Report on plague and inoculation in the Punjab from October 1st ... to September 30th..., being the ... season of plague in the province
Disease focus: Plague
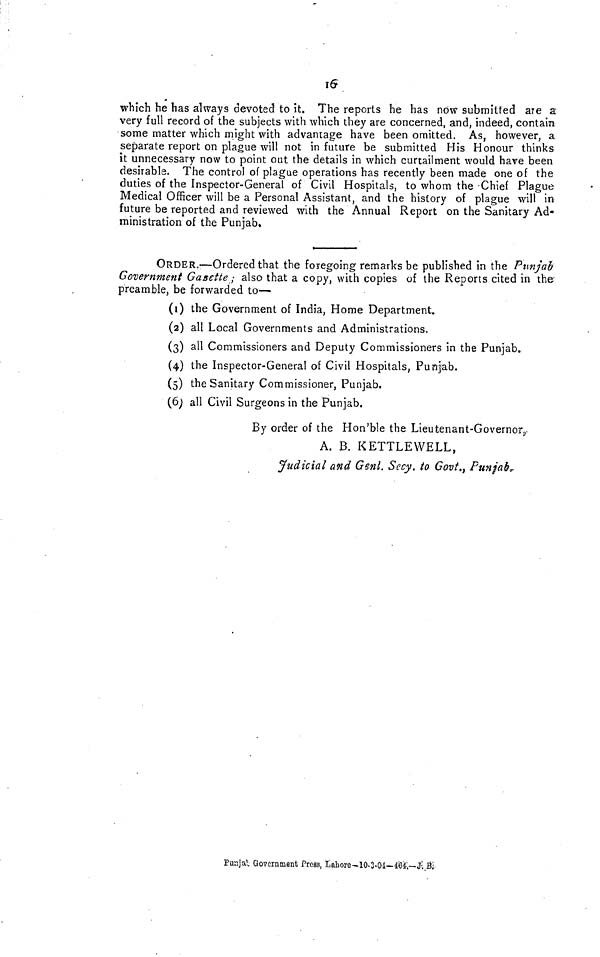
Ï6
which he has always devoted to it. The reports he has now submitted are a
very full record of the subjects with which they are concerned, and, indeed, contain
some matter which might with advantage have been omitted. As, however, a
separate report on plague will not in future be submitted His Honour thinks
it unnecessary now to point out the details in which curtailment would have been
desirable. The control of plague operations has recently been made one of the
duties of the Inspector-General of Civil Hospitals, to whom the Chief Plague
Medical Officer will be a Personal Assistant, and the history of plague will in
future be reported and reviewed with the Annual Report on the Sanitary Ad-
ministration of the Punjab.
ORDER.—Ordered that the foregoing remarks be published in the Punjab
Government Gasette ; also that a copy, with copies of the Reports cited in the
preamble, be forwarded to—
(1) the Government of India, Home Department.
(2) all Local Governments and Administrations,
(3) all Commissioners and Deputy Commissioners in the Punjab.
(4) the Inspector-General of Civil Hospitals, Punjab.
(5) the Sanitary Commissioner, Punjab.
(6) all Civil Surgeons in the Punjab.
By order of the Hon'ble the Lieutenant-Governor
A. B. KETTLEWELL,
Judicial and Genl. Secy, to Gavt., Punjab,
Punjal Government Press, Lahore-10-3-04—404---J. B,